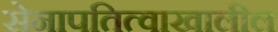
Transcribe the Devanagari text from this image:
सेनापतित्वाखालील